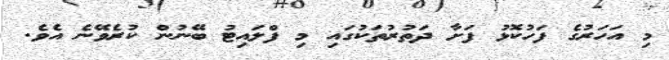
މި އަހަރުގެ ފަހުކޮޅު ފަށާ ދަތުރުތަކުގައި މި ފްލައިޓު ބޭނުން ކުރެވޭނެ އެވެ.